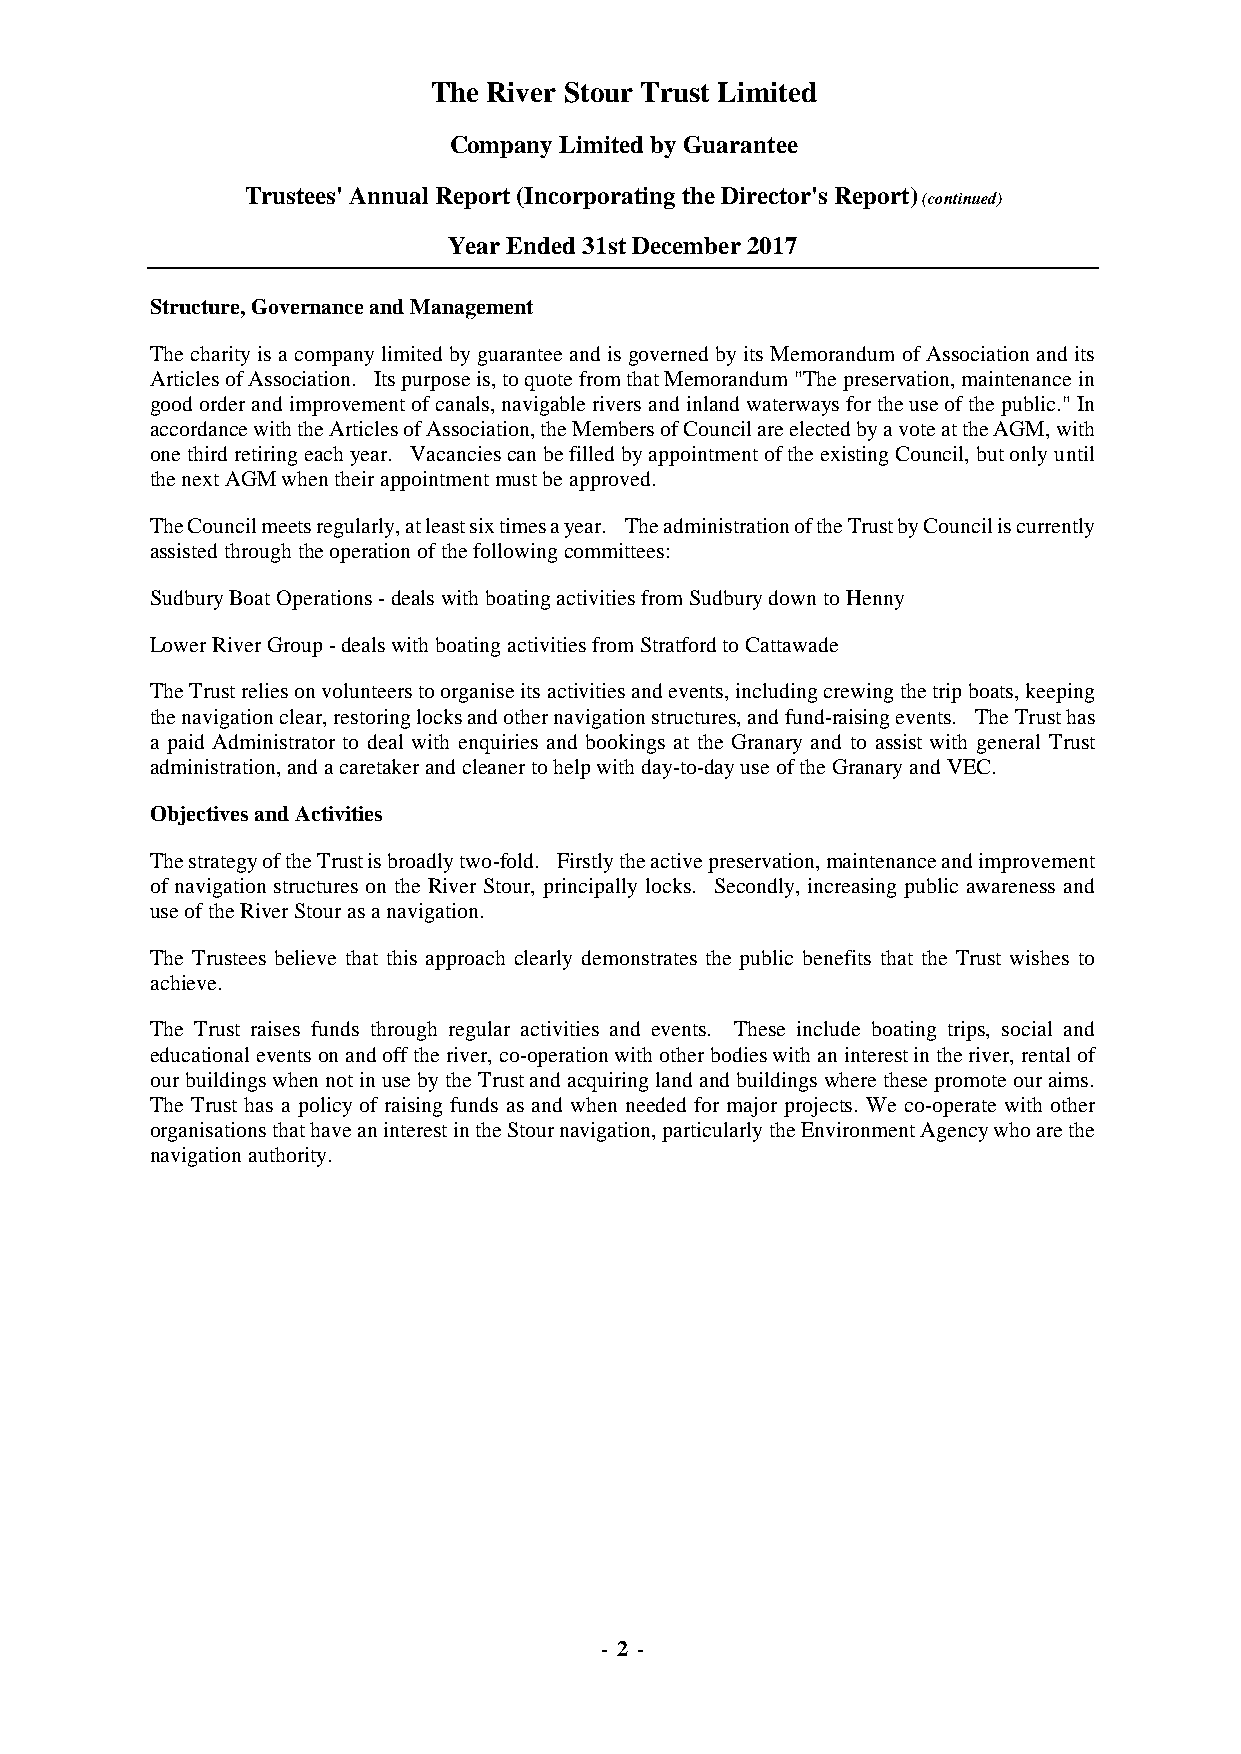
The River Stour Trust Limited
 Company Limited by Guarantee
 Trustees' Annual Report (Incorporating the Director's Report)
 (continued)
 Year Ended 31st December 2017
 Structure, Governance and Management
 The charity is a company limited by guarantee and is governed by its Memorandum of Association and its
 Articles of Association. Its purpose is, to quote from that Memorandum "The preservation, maintenance in
 good order and improvement of canals, navigable rivers and inland waterways for the use of the public." In
 accordance with the Articles of Association, the Members of Council are elected by a vote at the AGM, with
 one third retiring each year. Vacancies can be filled by appointment of the existing Council, but only until
 the next AGM when their appointment must be approved.
 The Council meets regularly, at least six times a year. The administration of the Trust by Council is currently
 assisted through the operation of the following committees:
 Sudbury Boat Operations - deals with boating activities from Sudbury down to Henny
 Lower River Group - deals with boating activities from Stratford to Cattawade
 The Trust relies on volunteers to organise its activities and events, including crewing the trip boats, keeping
 the navigation clear, restoring locks and other navigation structures, and fund-raising events. The Trust has
 a paid Administrator to deal with enquiries and bookings at the Granary and to assist with general Trust
 administration, and a caretaker and cleaner to help with day-to-day use of the Granary and VEC.
 Objectives and Activities
 The strategy of the Trust is broadly two-fold. Firstly the active preservation, maintenance and improvement
 of navigation structures on the River Stour, principally locks. Secondly, increasing public awareness and
 use of the River Stour as a navigation.
 The Trustees believe that this approach clearly demonstrates the public benefits that the Trust wishes to
 achieve.
 The Trust raises funds through regular activities and events. These include boating trips, social and
 educational events on and off the river, co-operation with other bodies with an interest in the river, rental of
 our buildings when not in use by the Trust and acquiring land and buildings where these promote our aims.
 The Trust has a policy of raising funds as and when needed for major projects. We co-operate with other
 organisations that have an interest in the Stour navigation, particularly the Environment Agency who are the
 navigation authority.
 - 2 -